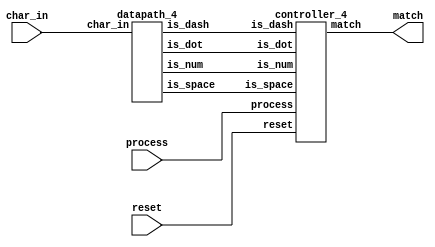
module wrapper_4(
        input wire [7:0] char_in,
        input wire reset,
        input wire process,
        output wire match
);

wire is_num;
wire is_dash;
wire is_dot;
wire is_space;

datapath_4 d (
	.char_in (char_in),
	.is_num (is_num),
	.is_dash (is_dash),
    .is_dot (is_dot),
    .is_space (is_space)
);

controller_4 c (
	.reset (reset),
	.is_num (is_num),
	.is_dash (is_dash),
    .is_dot (is_dot),
    .is_space (is_space),
	.process (process),
	.match (match)
);

endmodule


module controller_4(
	input wire reset,
	input wire is_num,
	input wire is_dash,
    input wire is_dot,
    input wire is_space,
	input wire process,
	output wire match
);

reg [4:0] state, next_state;
initial
        state = 0;

parameter ERROR_STATE = 5'd31;

always @(posedge process)
begin
    if (reset)
        state <= 0;
    else
        state <= next_state;
end

assign match = state == 12 || state == 21 || state == 30;

always @(*)
begin
    next_state <= ERROR_STATE;
    case (state)
		0:
			if (is_num)
				next_state <= 1;
		1:
			if (is_num)
				next_state <= 2;
		2:
			if (is_num)
				next_state <= 3;
		3:
			if (is_dash)
				next_state <= 4;
            else if (is_dot)
                next_state <= 13;
            else if (is_space)
                next_state <= 22;
		4:
			if (is_num)
				next_state <= 5;
		5:
			if (is_num)
				next_state <= 6;
		6:
			if (is_num)
				next_state <= 7;
		7:
			if (is_dash)
				next_state <= 8;
		8:
			if (is_num)
				next_state <= 9;
		9:
			if (is_num)
				next_state <= 10;
		10:
			if (is_num)
				next_state <= 11;
		11:
			if (is_num)
				next_state <= 12;
		12:
			next_state <= ERROR_STATE;
		13:
			if (is_num)
				next_state <= 14;
		14:
			if (is_num)
				next_state <= 15;
		15:
			if (is_num)
				next_state <= 16;
		16:
			if (is_dot)
				next_state <= 17;
		17:
			if (is_num)
				next_state <= 18;
		18:
			if (is_num)
				next_state <= 19;
		19:
			if (is_num)
				next_state <= 20;
		20:
			if (is_num)
				next_state <= 21;
		21:
            next_state <= ERROR_STATE;
		22:
			if (is_num)
				next_state <= 23;
		23:
			if (is_num)
				next_state <= 24;
		24:
			if (is_num)
				next_state <= 25;
		25:
			if (is_space)
				next_state <= 26;
		26:
			if (is_num)
				next_state <= 27;
		27:
			if (is_num)
				next_state <= 28;
		28:
			if (is_num)
				next_state <= 29;
		29:
			if (is_num)
				next_state <= 30;
		30:
            next_state <= ERROR_STATE;
		ERROR_STATE:
			next_state <= ERROR_STATE;
		default: ;
    endcase
end

endmodule


module datapath_4(
	input wire [7:0] char_in,
	output reg is_num,
	output reg is_dash,
	output reg is_dot,
	output reg is_space
);

always @(*)
begin
	if (char_in == "-")
		is_dash = 1;
	else
		is_dash = 0;

    if (char_in == ".")
        is_dot = 1;
    else
        is_dot = 0;

    if (char_in == " ")
        is_space = 1;
    else
        is_space = 0;

	if (char_in >= "0" && char_in <= "9")
		is_num = 1;
	else
		is_num = 0;

end

endmodule